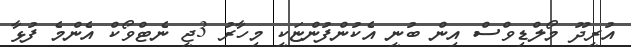
އުރީދޫ މޯލްޑިވްސް އިން ބުނީ އެކުންފުންޏަކީ މިހާރު 3ޖީ ނެޓްވޯކް އެންމެ ފުޅާ